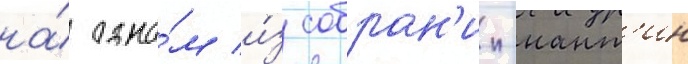
на́ одно́м и́з собран'ии-нант'ин